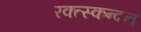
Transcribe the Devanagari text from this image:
रक्त्स्कन्दन